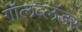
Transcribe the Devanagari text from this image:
गॉलब्लॅडर